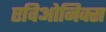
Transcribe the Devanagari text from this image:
एविओनिक्स